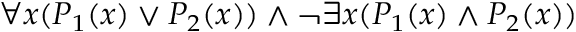
\forall x ( P _ { 1 } ( x ) \lor P _ { 2 } ( x ) ) \land \lnot \exists x ( P _ { 1 } ( x ) \land P _ { 2 } ( x ) )